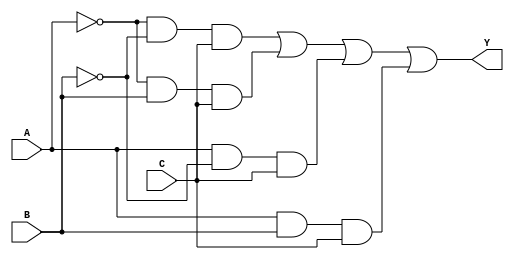
module sop_example (
    input wire A,  // Input A
    input wire B,  // Input B
    input wire C,  // Input C
    output wire Y  // Output Y
);

// Simplified SOP expression from the given minterms
// Minterms 1 (001), 3 (011), 5 (101), 7 (111)
// Y = A'B'C + A'BC + AB'C + ABC

assign Y = (~A & ~B & C) | (~A & B & C) | (A & ~B & C) | (A & B & C);

endmodule